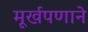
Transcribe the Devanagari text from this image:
मूर्खपणाने